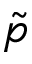
\tilde { p }